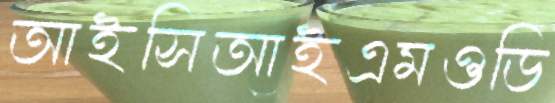
আইসিআইএমওডি